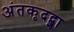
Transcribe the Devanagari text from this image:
अंतकृदद्शा